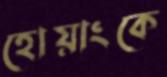
হোয়াংকে